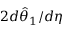
2 d \hat { \theta } _ { 1 } / d \eta